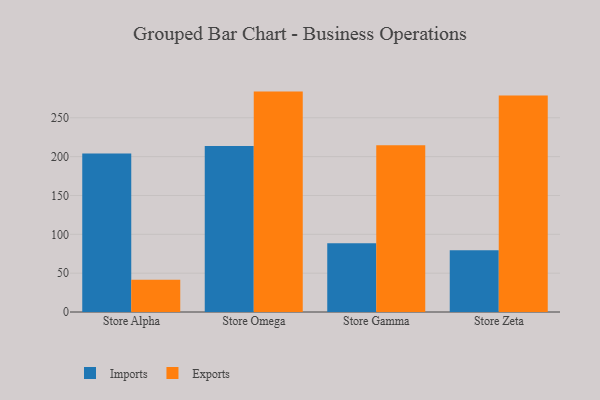
{"axis": {"x": "Store", "y": "Active Users"}, "legend": ["Exports", "Imports"], "data": [{"x": "Store Alpha", "y": 204.0, "type": "Imports"}, {"x": "Store Alpha", "y": 41.4, "type": "Exports"}, {"x": "Store Omega", "y": 213.6, "type": "Imports"}, {"x": "Store Omega", "y": 283.7, "type": "Exports"}, {"x": "Store Gamma", "y": 88.4, "type": "Imports"}, {"x": "Store Gamma", "y": 214.5, "type": "Exports"}, {"x": "Store Zeta", "y": 79.4, "type": "Imports"}, {"x": "Store Zeta", "y": 278.8, "type": "Exports"}]}